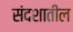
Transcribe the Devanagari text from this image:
संदशातील